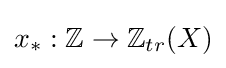
x_{*}:\mathbb {Z} \to \mathbb {Z} _{tr}(X)